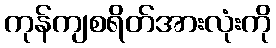
ကုန်ကျစရိတ်အားလုံးကို